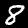
Label: 8